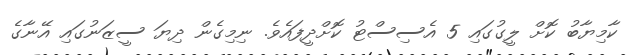
ކާމިޔާބު ކޮށް ލީގުގައި 5 އެސިސްޓު ކޮށްދީފައެވެ. ނިމިގެން ދިޔަ ސީޒަނުގައި އޭނާގެ